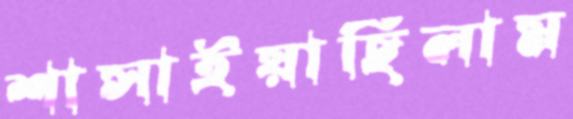
শাসাইয়াছিলাম